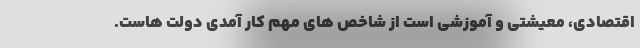
اقتصادی، معیشتی و آموزشی است از شاخص های مهم کار آمدی دولت هاست.